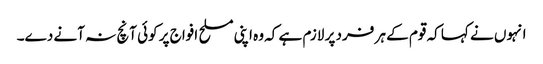
انہوں نے کہا کہ قوم کے ہر فرد پر لازم ہے کہ وہ اپنی مسلح افواج پر کوئی آنچ نہ آنے دے۔